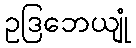
ဥဒြဘေယျုံ